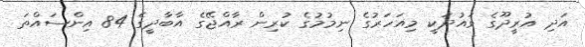
އަދި އުރީދޫގެ ވައުދަކީ މިއަހަރުގެ ނިމުމުގެ ކުރިން ރާއްޖޭގެ އާބާދީގެ 84 އިންސައްތަ